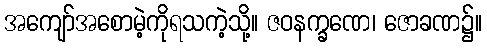
အကျော်အစောမဲ့ကိုရသကဲ့သို့။ ဇဝနက္ခဏေ၊ ဇောခဏ၌။